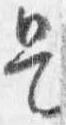
是